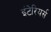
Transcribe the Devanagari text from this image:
इंटेरियर्स